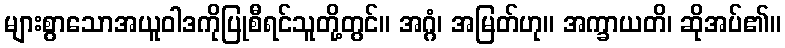
များစွာသောအယူဝါဒကိုပြုစီရင်သူတို့တွင်။ အဂ္ဂံ၊ အမြတ်ဟု။ အက္ခာယတိ၊ ဆိုအပ်၏။